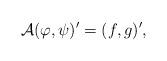
LaTeX: \begin{align*}\mathcal{A} (\varphi, \psi)' = (f, g)',\end{align*}